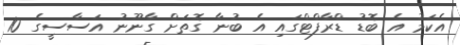
އެކަމު އެ ބޮޑު ޑްރާފްޓްގައި އެ ބުނާ ގޮތަށް ގާނޫނު އަސާސީގެ 10